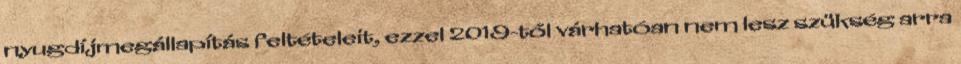
nyugdíjmegállapítás feltételeit, ezzel 2019-től várhatóan nem lesz szükség arra